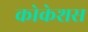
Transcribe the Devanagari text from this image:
कोकेशस